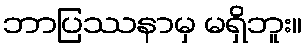
ဘာပြဿနာမှ မရှိဘူး။